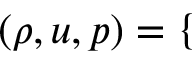
\begin{array} { r } { ( \rho , u , p ) = \left\{ \begin{array} { l l } \end{array} \right. } \end{array}